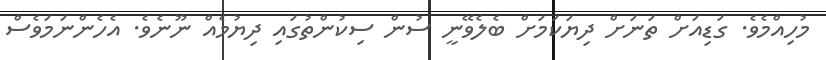
މުހިއްމެވެ. ގަޑިއަށް ތަނަށް ދިޔަކަމަށް ބެލެވޭނީ ސުން ސިކުންތުގައި ދިޔުމެއް ނޫނެވެ. އެހެންނަމަވެސް